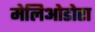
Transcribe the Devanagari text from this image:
मेलिओडोरा